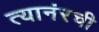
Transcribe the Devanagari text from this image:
त्यानंरची